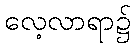
လေ့လာရာ၌